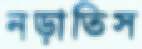
নড়াতিস